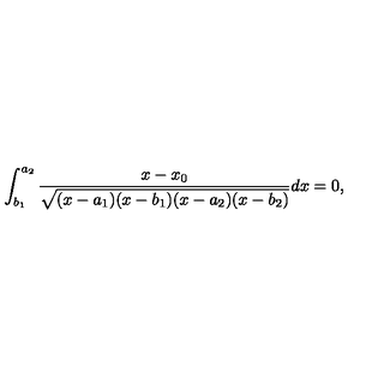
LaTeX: \int _ { b _ { 1 } } ^ { a _ { 2 } } \frac { x - x _ { 0 } } { \sqrt { ( x - a _ { 1 } ) ( x - b _ { 1 } ) ( x - a _ { 2 } ) ( x - b _ { 2 } ) } } d x = 0 ,